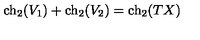
\mathrm { c h } _ { 2 } ( V _ { 1 } ) + \mathrm { c h } _ { 2 } ( V _ { 2 } ) = \mathrm { c h } _ { 2 } ( T X )